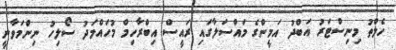
ހެލްތު މިނިސްޓަރު އަބްދު އަމީންގެ މައްސަލާގައި ރައީސް އިބްރާހިމް މުހައްމަދު ސޯލިހު ނިންމަވާނީ